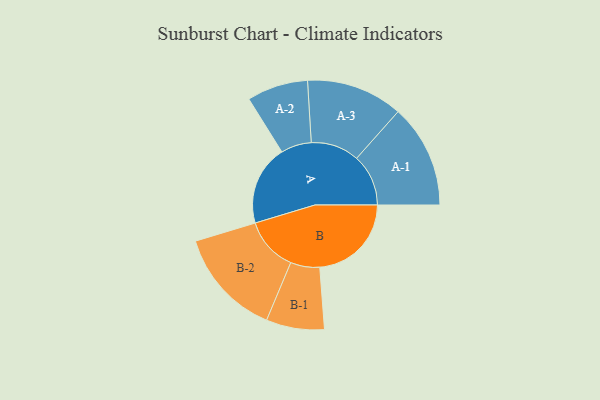
{"axis": {"x": "Segment", "y": "Value"}, "legend": ["", "A", "B"], "data": [{"x": "A", "y": 325, "type": ""}, {"x": "B", "y": 372, "type": ""}, {"x": "A-1", "y": 210, "type": "A"}, {"x": "A-2", "y": 124, "type": "A"}, {"x": "A-3", "y": 196, "type": "A"}, {"x": "B-1", "y": 118, "type": "B"}, {"x": "B-2", "y": 219, "type": "B"}]}